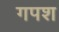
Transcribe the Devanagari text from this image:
गपश